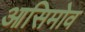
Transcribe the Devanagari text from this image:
आसिमोव